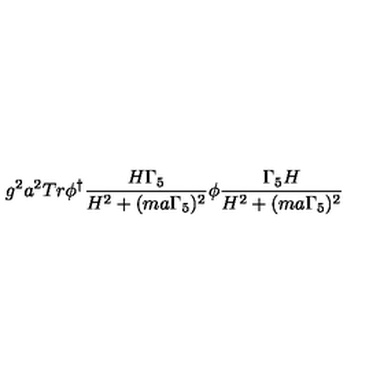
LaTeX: g ^ { 2 } a ^ { 2 } T r \phi ^ { \dagger } \frac { H \Gamma _ { 5 } } { H ^ { 2 } + ( m a \Gamma _ { 5 } ) ^ { 2 } } \phi \frac { \Gamma _ { 5 } H } { H ^ { 2 } + ( m a \Gamma _ { 5 } ) ^ { 2 } }